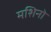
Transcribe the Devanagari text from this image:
मशिनो